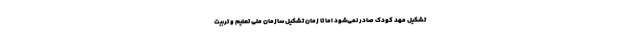
تشکیل مهد کودک صادر نمی‌شود اما تا زمان تشکیل سازمان ملی تعلیم و تربیت